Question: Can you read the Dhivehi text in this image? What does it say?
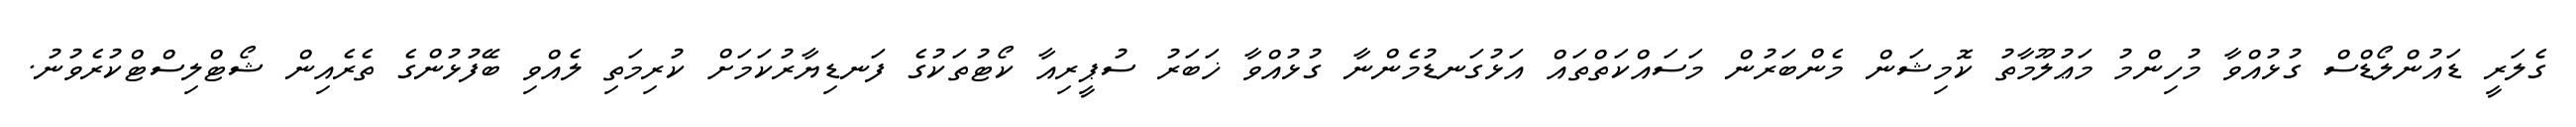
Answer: ގެލަރީ ޑައުންލޯޑްސް ގުޅުއްވާ މުހިންމު މަޢުލޫމާތު ކޮމިޝަން މެންބަރުން މަސައްކަތްތައް އަޅުގަނޑުމެންނާ ގުޅުއްވާ ޚަބަރު ސުޕީރިއާ ކޯޓުތަކުގެ ފަނޑިޔާރުކަމަށް ކުރިމަތި ލެއްވި ބޭފުޅުންގެ ތެރެއިން ޝޯޓްލިސްޓްކުރެވުނު.